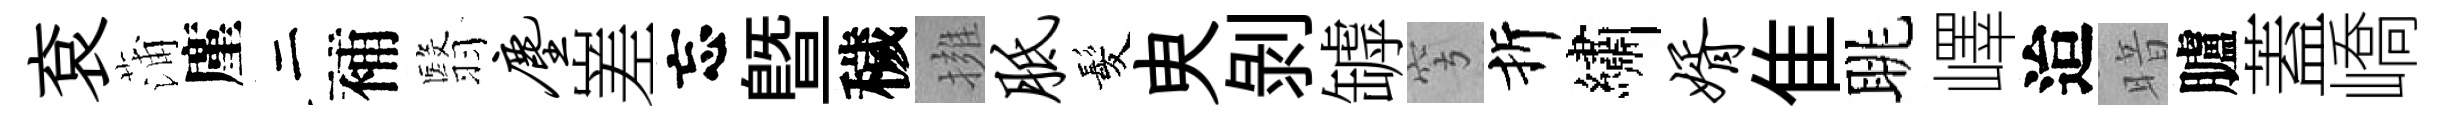
袞蒲廑二補翳尘嵳忘曁穢擁胝髪㬰剥罅穹折繡婿隹眺嶧迨暗臚蓋嶠